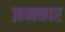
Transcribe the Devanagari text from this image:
फ़नकार